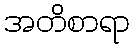
အတိစာရာ